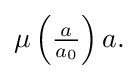
{\textstyle \mu \left({\frac {a}{a_{0}}}\right)a.}